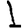
Digit: 1